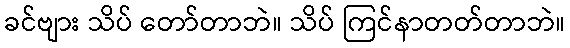
ခင်ဗျား သိပ် တော်တာဘဲ။ သိပ် ကြင်နာတတ်တာဘဲ။